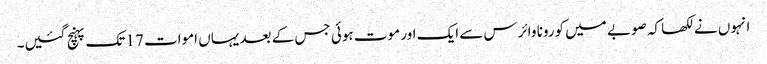
انہوں نے لکھا کہ صوبے میں کورونا وائرس سے ایک اور موت ہوئی جس کے بعد یہاں اموات 17 تک پہنچ گئیں۔